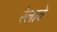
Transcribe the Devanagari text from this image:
रेलावे